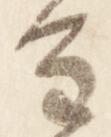
重